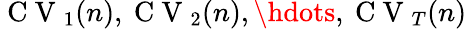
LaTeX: \mathrm{~C~V~}_{1}(n),\mathrm{~C~V~}_{2}(n),\hdots,\mathrm{~C~V~}_{T}(n)